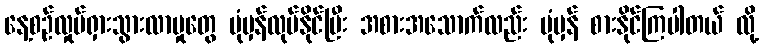
နေ့စဉ်လှုပ်ရှားသွားလာမှုတွေ ပုံမှန်လုပ်နိုင်ပြီး အစားအသောက်လည်း ပုံမှန် စားနိုင်ကြပါတယ် လို့